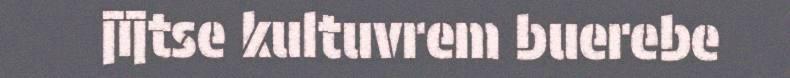
jïjtse kultuvrem buerebe